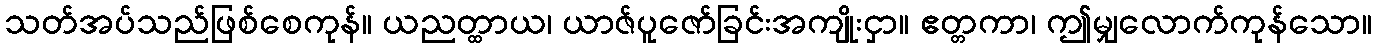
သတ်အပ်သည်ဖြစ်စေကုန်။ ယညတ္ထာယ၊ ယာဇ်ပူဇော်ခြင်းအကျိုးငှာ။ ဧတ္တကာ၊ ဤမျှလောက်ကုန်သော။